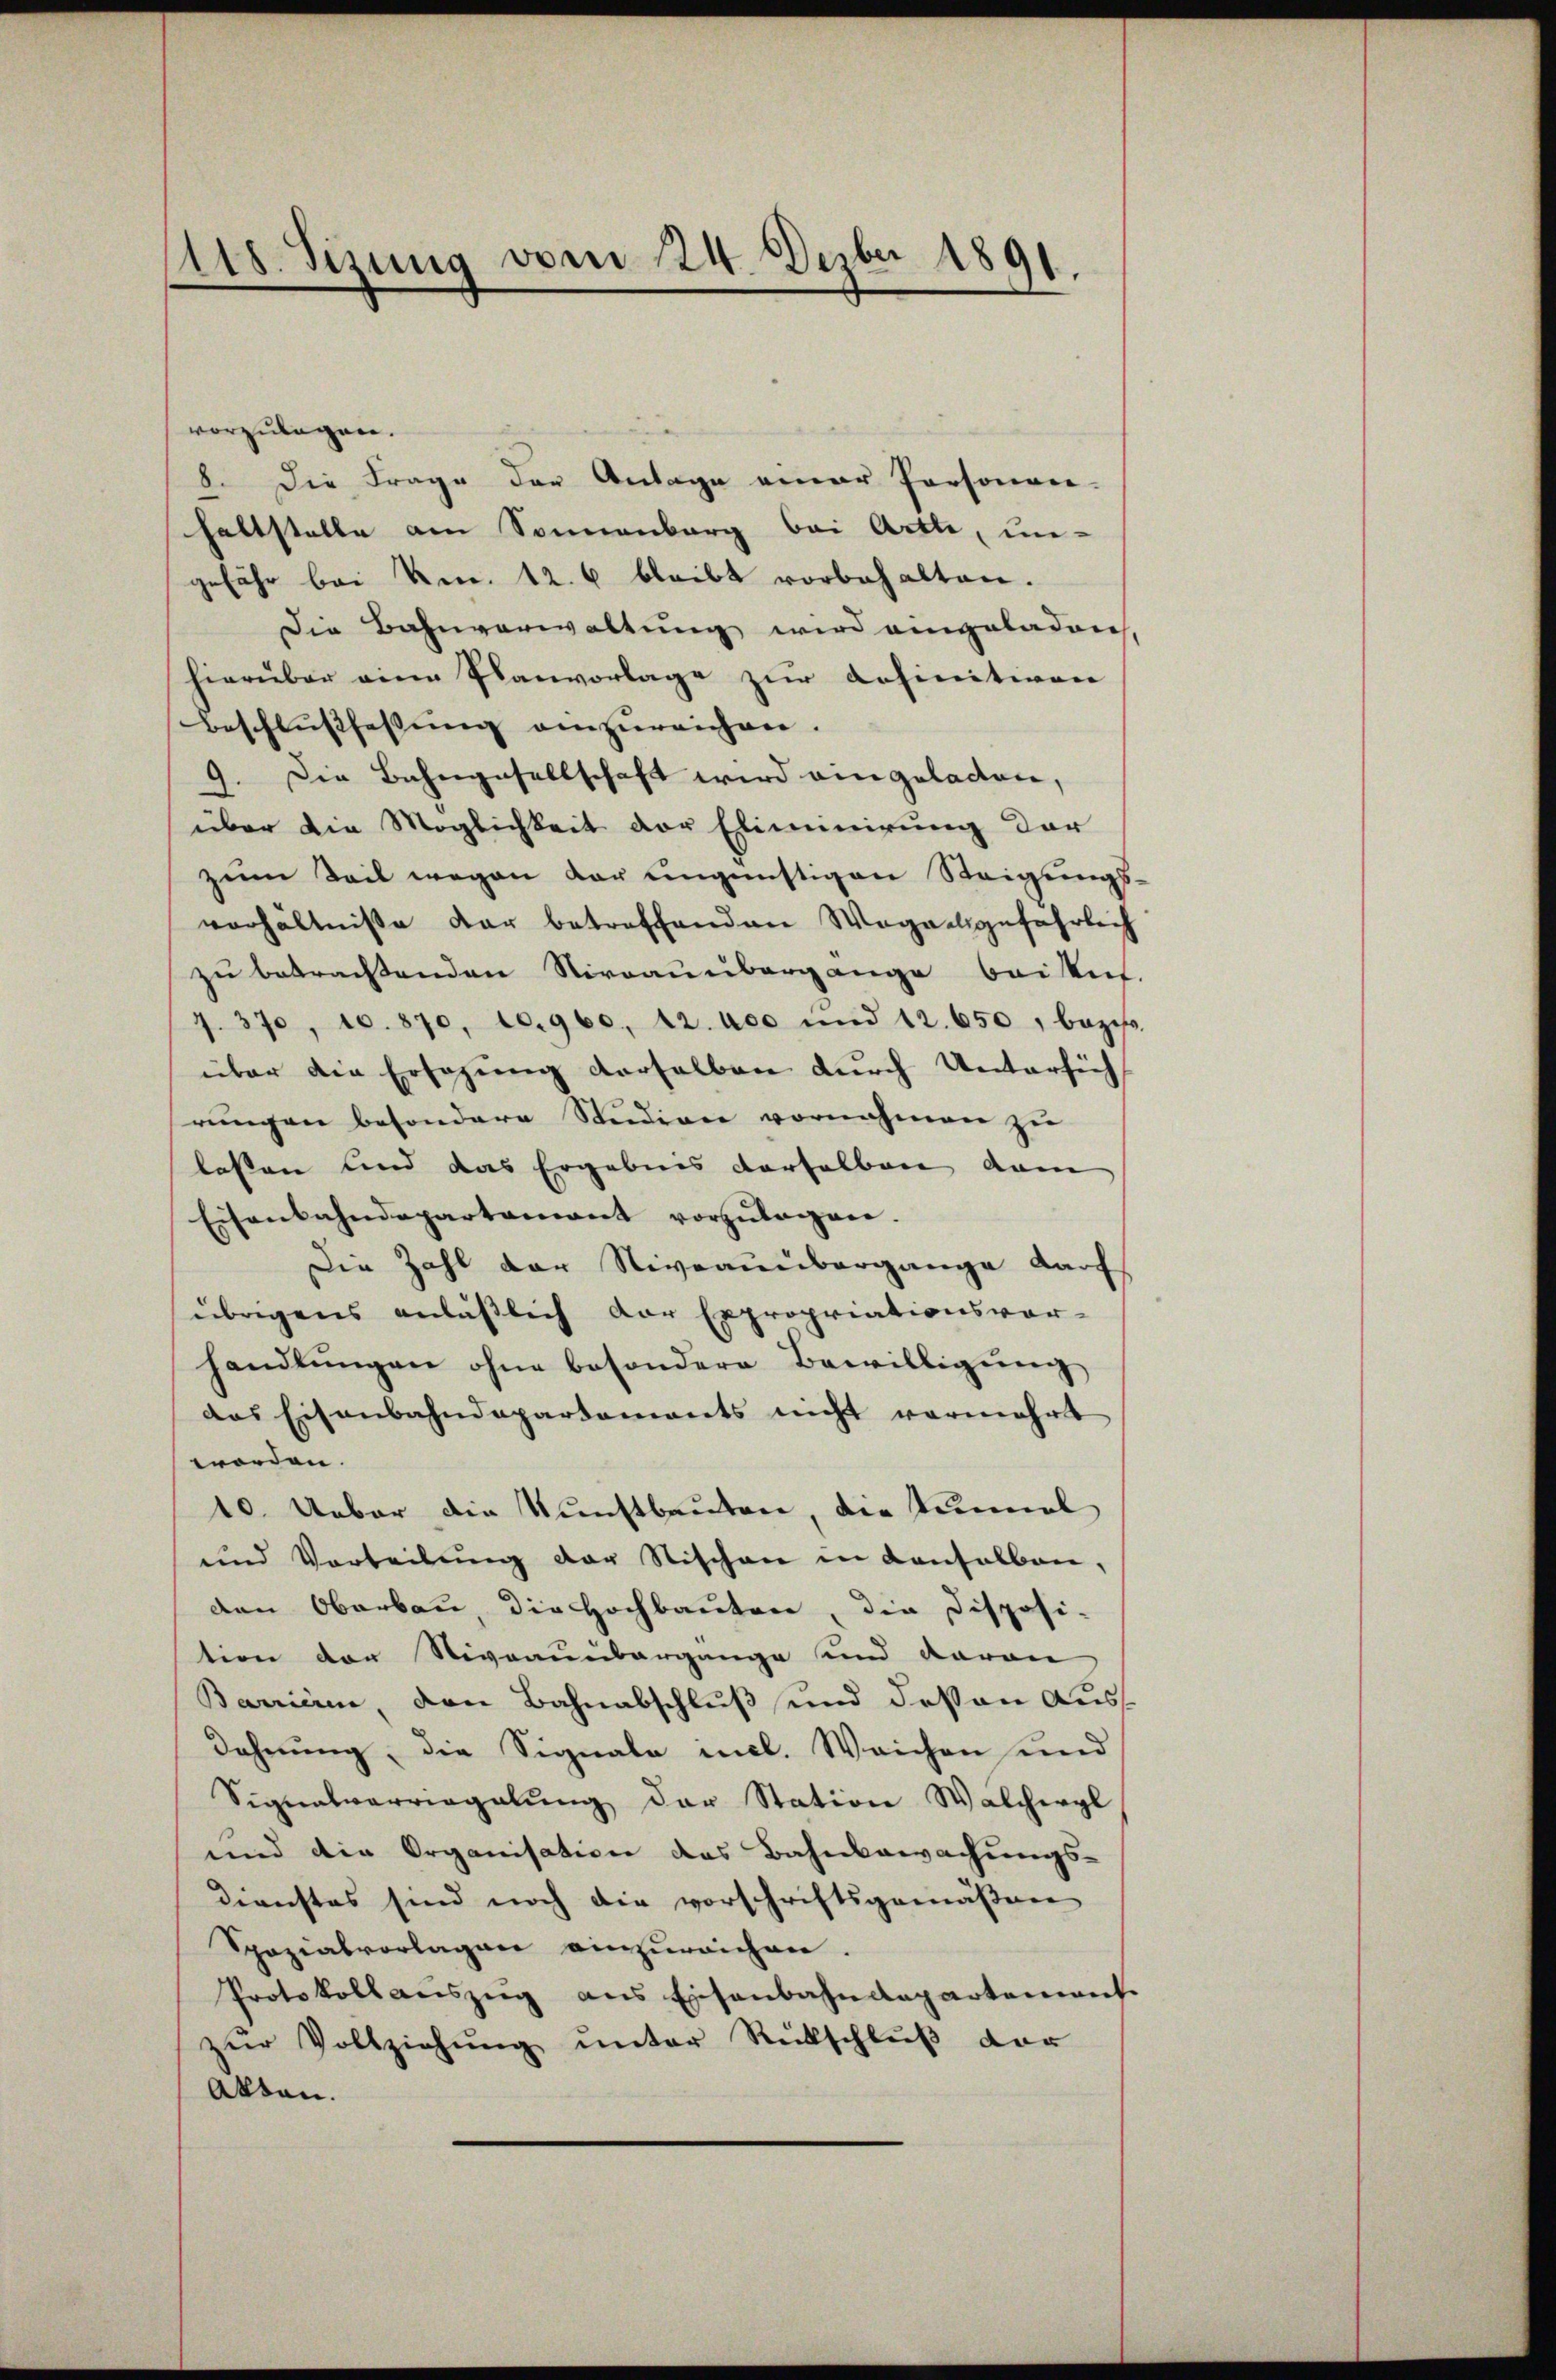
1418. Sizung vom 24. Dezbr 1891.

vorzulegen.
8. Die Frage der Anlage einer Personen-
haltstelle am Sonnenberg bei Arth, un-
gefähr bei kn. 12. 6 bleibt vorbehalten.
Die Bahnverwaltung wird eingeladen,
hierüber eine Planvorlage zur Refinitiven
Beschlußfassŭng einzŭreichen.
9. Die Bahngesellschaft wird eingeladen,
über die Möglichkeit der Eliminirung der
zum Teil wegen dar ungünstigen Steigungsverhältniße der betreffenden Wegeelgefährlich
zu betrachtenden Vieraubergange beitet.
9. 370, 10. 870, 10.960, 12. 400 und 12. 650, bezif.
über den Ersagung derselben durch Untersich
rungen besondere Studiene vornahmen zu
lassen und das Ergebnis derselben dam
Eisenbahndepartamant vorzŭlagen.
Die Zahl der Niveaunbergange darf
übrigens anläßlich der Expropriationsvor-
handlŭngen ohne besondere Bewilligŭng
das Eisenbahndepartements nicht vermehrt
worden.
10. Ueber die Kunstbauten, die Tunnel
und Vorteilŭng der Stischen in denselben,
den Oberbau, die Hochbauten, die Disposi-
tion der Niveaunbergange und davon
Barrieren, den Bahnabschluß und deßen Ausdehnung, die Signale mal. Weichen und
Signalverriegelung der Station Walchergl
und die Organisation des Bahnbewachungs-
Dienstes sind noch die vorschriftsgemäßen
Spozialvorlagen einzureichen.
Protokoll aŭszŭg ans Eisenbahndepartement
zŭr Vollziehŭng ŭnter Rückschlŭβ der
Akten.